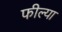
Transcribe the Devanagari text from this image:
फील्या